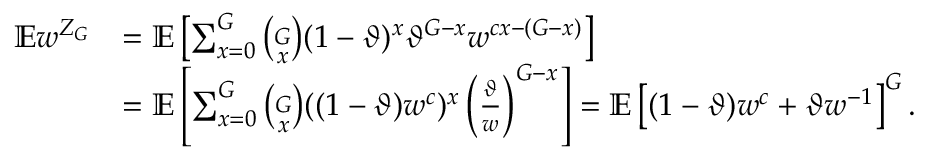
\begin{array} { r l } { \mathbb { E } w ^ { Z _ { G } } } & { = \mathbb { E } \left[ \sum _ { x = 0 } ^ { G } { \binom { G } { x } } ( 1 - \vartheta ) ^ { x } \vartheta ^ { G - x } w ^ { c x - ( G - x ) } \right] } \\ & { = \mathbb { E } \left[ \sum _ { x = 0 } ^ { G } { \binom { G } { x } } ( ( 1 - \vartheta ) w ^ { c } ) ^ { x } \left( \frac { \vartheta } { w } \right) ^ { G - x } \right] = \mathbb { E } \left[ ( 1 - \vartheta ) w ^ { c } + \vartheta w ^ { - 1 } \right] ^ { G } . } \end{array}